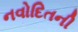
નવોદિતની